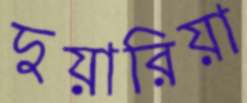
দুয়ারিয়া